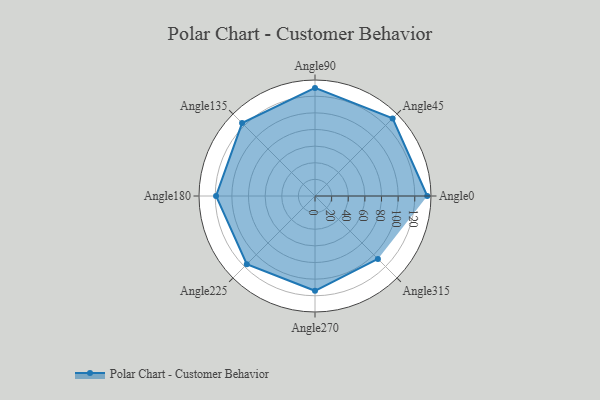
{"axis": {"x": "Angle", "y": "Radius"}, "legend": [""], "data": [{"x": "Angle0", "y": 135.0, "type": ""}, {"x": "Angle45", "y": 132.0, "type": ""}, {"x": "Angle90", "y": 130.0, "type": ""}, {"x": "Angle135", "y": 124.0, "type": ""}, {"x": "Angle180", "y": 119.0, "type": ""}, {"x": "Angle225", "y": 116.0, "type": ""}, {"x": "Angle270", "y": 114.0, "type": ""}, {"x": "Angle315", "y": 107.0, "type": ""}]}